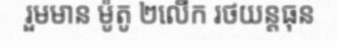
រួមមាន ម៉ូតូ ២លើក រថយន្តធុន